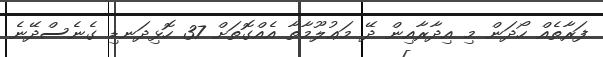
ފަރާތެއް ހޯދަން މި އިދާރާއިން ދޭ މަޢުލޫމާތާ އެއްގޮތަށް 37 ހޮޅިދަނޑި ގެނެސްދޭނެ